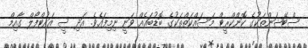
ސްޓޭޝަންތަކުގެ ކޮންކްރީޓް މަސައްކަތްތަކުގެ ބޮޑުބައެއް ވަނީ ނިމިފައެވެ. އަދި ސީ އައުޓްފޯލް ގާއިމް